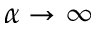
\alpha \to \infty